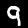
Label: 9